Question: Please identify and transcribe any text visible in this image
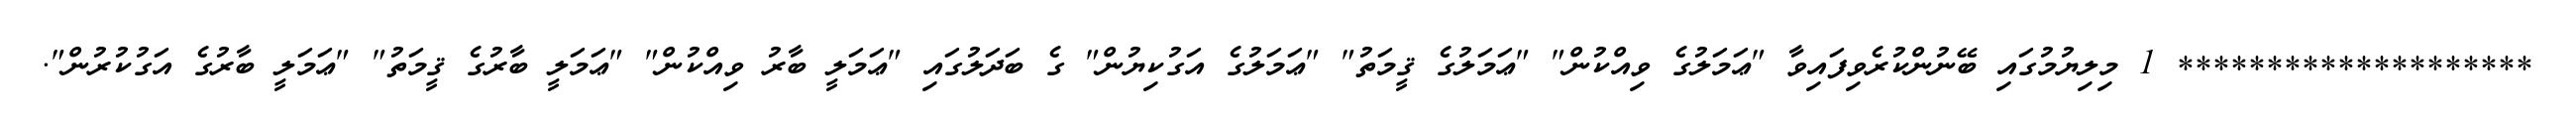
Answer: ******************** 1 މިލިޔުމުގައި ބޭނުންކުރެވިފައިވާ "ޢަމަލުގެ ވިއްކުން" "ޢަމަލުގެ ޤީމަތު" "ޢަމަލުގެ އަގުކިޔުން" ގެ ބަދަލުގައި "ޢަމަލީ ބާރު ވިއްކުން" "ޢަމަލީ ބާރުގެ ޤީމަތު" "ޢަމަލީ ބާރުގެ އަގުކުރުން".